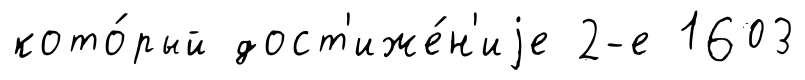
кото́рый дост'иже́н'иjе 2-е 1603